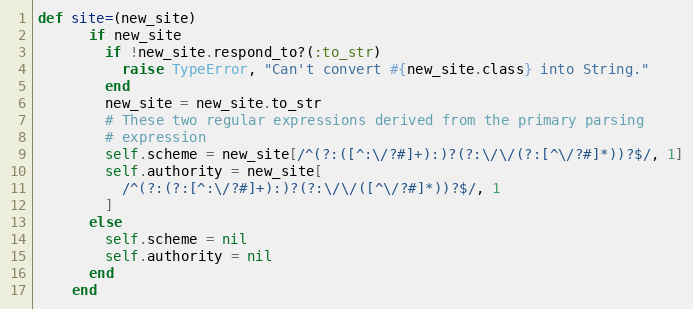
Language: Ruby
def site=(new_site)
      if new_site
        if !new_site.respond_to?(:to_str)
          raise TypeError, "Can't convert #{new_site.class} into String."
        end
        new_site = new_site.to_str
        # These two regular expressions derived from the primary parsing
        # expression
        self.scheme = new_site[/^(?:([^:\/?#]+):)?(?:\/\/(?:[^\/?#]*))?$/, 1]
        self.authority = new_site[
          /^(?:(?:[^:\/?#]+):)?(?:\/\/([^\/?#]*))?$/, 1
        ]
      else
        self.scheme = nil
        self.authority = nil
      end
    end